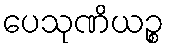
ပေသုဏိယဉ္စ